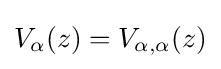
V_{\alpha }(z)=V_{\alpha ,\alpha }(z)